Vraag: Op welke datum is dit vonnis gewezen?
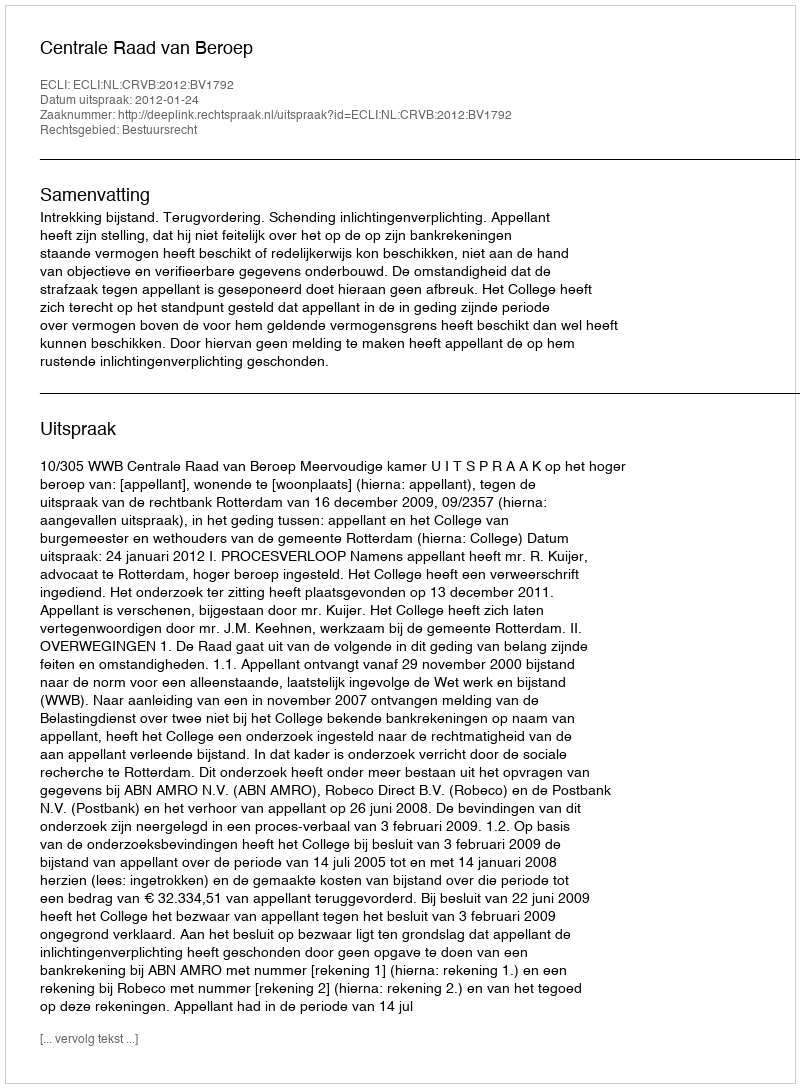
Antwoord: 2012-01-24